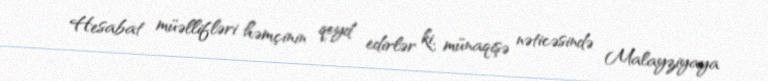
Hesabat müəllifləri həmçinin qeyd edirlər ki, münaqişə nəticəsində Malayziyaya